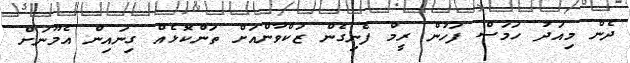
ދެން މިއަދު ހަމަސް ފަހުން ރީމް ފެނިގެން ޒަކްވާންއަށް ތަންކޮޅެއް ގިނައިން އެމޫނަށް